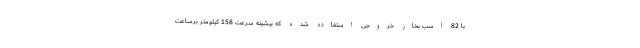
با 82 اسب بخار خروجی استفاده شده که بیشینه سرعت 158 کیلومتر برساعت